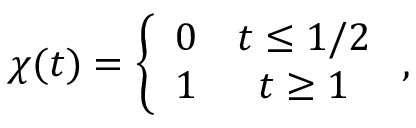
\chi ( t ) = \left\{ \begin{array} { c c } { { 0 } } & { { t \leq 1 / 2 } } \\ { { 1 } } & { { t \geq 1 } } \end{array} \right. ,